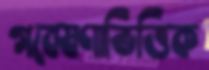
গবেষণাভিত্তিক